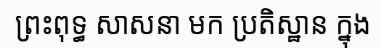
ព្រះពុទ្ធ សាសនា មក ប្រតិស្ឋាន ក្នុង